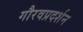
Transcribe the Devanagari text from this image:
गौरवप्रदर्शन